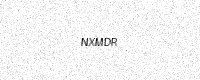
Text: NXMDR